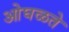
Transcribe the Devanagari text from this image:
ओघळते